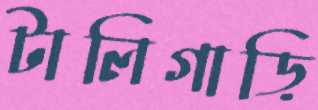
টালিগাড়ি